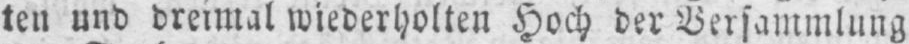
ten und dreimal wiederholten Hoch der Versammlung